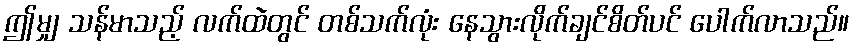
ဤမျှ သန်မာသည့် လက်ထဲတွင် တစ်သက်လုံး နေသွားလိုက်ချင်စိတ်ပင် ပေါက်လာသည်။